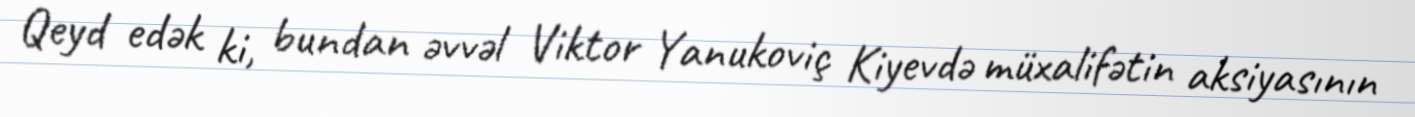
Qeyd edək ki, bundan əvvəl Viktor Yanukoviç Kiyevdə müxalifətin aksiyasının